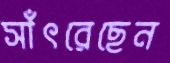
সাঁৎরেছেন